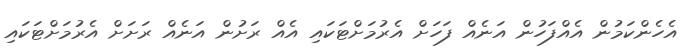
އެހެންކަމުން އެއްފަހުން އަނެއް ފަހަށް އެރުމަށްޓަކައި އެއް ރަށުން އަނެއް ރަށަށް އެރުމަށްޓަކައި